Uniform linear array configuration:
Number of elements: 4
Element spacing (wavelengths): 0.75
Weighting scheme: cosine
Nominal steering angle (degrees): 30
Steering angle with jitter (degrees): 31.304
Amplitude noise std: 0.05
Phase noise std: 0.05

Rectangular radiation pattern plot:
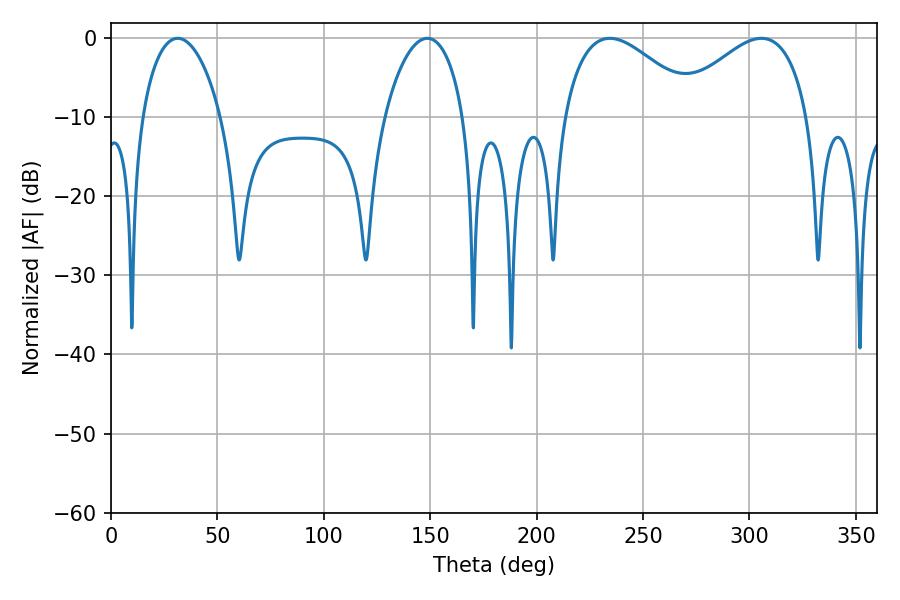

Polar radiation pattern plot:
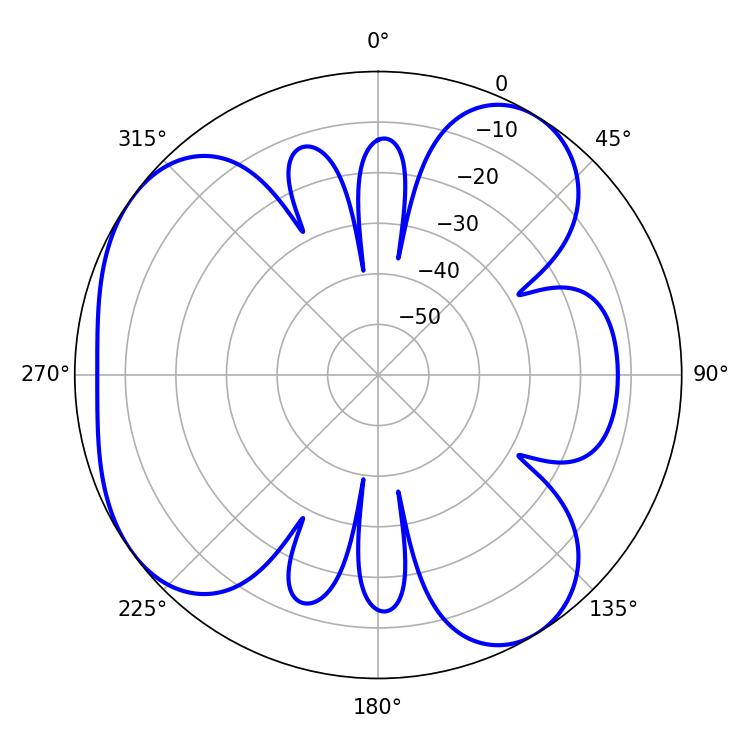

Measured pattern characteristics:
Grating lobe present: TRUE
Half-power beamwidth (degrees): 34.74
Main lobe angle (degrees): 305.64